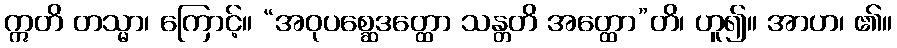
ဣတိ တသ္မာ၊ ကြောင့်။ “အဝုပစ္ဆေဒတ္ထော သန္တတိ အတ္ထော”တိ၊ ဟူ၍။ အာဟ၊ ၏။